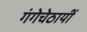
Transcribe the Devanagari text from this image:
गंगेचेठायीं